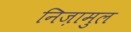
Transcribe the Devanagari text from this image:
निज़ामुल